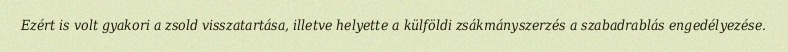
Ezért is volt gyakori a zsold visszatartása, illetve helyette a külföldi zsákmányszerzés a szabadrablás engedélyezése.